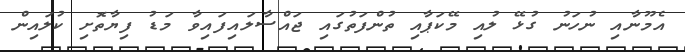
އެމޫނާއި ނުހަނު ގުޅޭ ލުއި މޭކަޕާއި ތުންފަތުގައި ޖައްސާލައިފައިވާ މަޑު ފިޔާތޮށި ކުލައިން